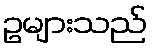
ဥများသည်